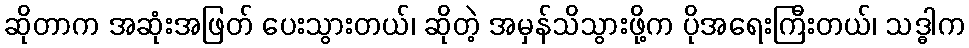
ဆိုတာက အဆုံးအဖြတ် ပေးသွားတယ်၊ ဆိုတဲ့ အမှန်သိသွားဖို့က ပိုအရေးကြီးတယ်၊ သဒ္ဓါက